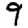
Digit: 9